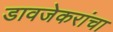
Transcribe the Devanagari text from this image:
डावजेकरांचा